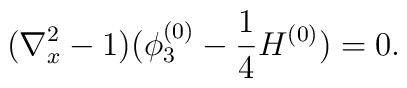
(\nabla^{2}_x -1) (\phi^{(0)}_3 - \frac{1}{4} H^{(0)} ) = 0.